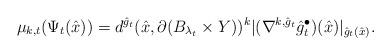
LaTeX: \begin{align*}\mu_{k,t}(\Psi_t(\hat{x})) = d^{\hat{g}_t} (\hat{x},\partial(B_{\lambda_t} \times Y))^k |(\nabla^{k,\hat{g}_t}\hat{g}^\bullet_t)(\hat{x})|_{\hat{g}_t(\hat{x})}.\end{align*}